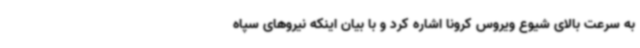
به سرعت بالای شیوع ویروس کرونا اشاره کرد و با بیان اینکه نیروهای سپاه